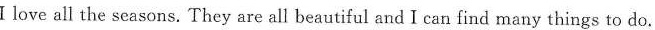
love all the seasons. They are all beautiful and